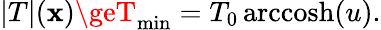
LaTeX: |T|(\mathbf{x})\geT_{\mathrm{{min}}}=T_{0}\, \mathrm{{arccosh}}(u).